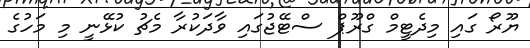
ޔޫރޯ ގައި މިދެޓީމް ގްރޫޕް ސްޓޭޖުގައި ވާދަކުރާ މެޗު ކުޅޭނީ މި މަހުގެ